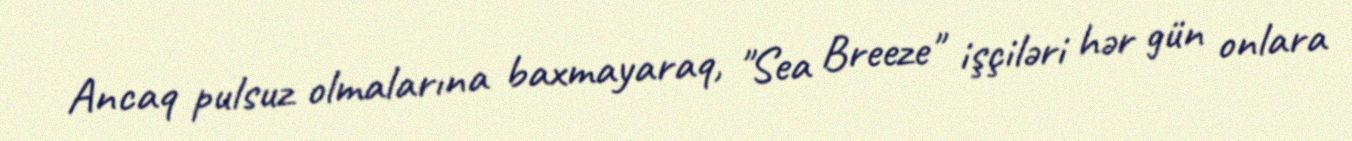
Ancaq pulsuz olmalarına baxmayaraq, "Sea Breeze" işçiləri hər gün onlara